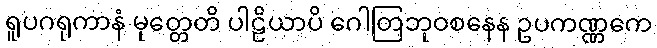
ရူပဂရုကာနံ မုတ္တေတိ ပါဠိယာပိ ဂေါတြဘုဝစနေန ဥပကဏ္ဏကေ